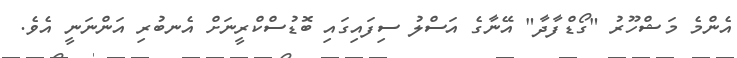
އެންމެ މަޝްހޫރު "ގޯޑްފާދާ" އޭނާގެ އަސްލު ސިފައިގައި ބޮޑުސްކްރީނަށް އެނބުރި އަންނަނީ އެވެ.